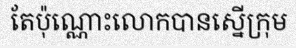
តែប៉ុណ្ណោះលោកបានស្នើក្រុម